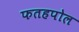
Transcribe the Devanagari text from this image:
फतहपोल